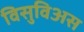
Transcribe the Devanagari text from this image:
विसुविअस